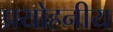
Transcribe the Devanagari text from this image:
प्रयोहनीय